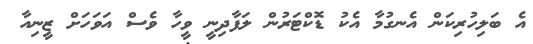
އެ ބަލިހުރިކަން އެނގުމާ އެކު ޑޮކްޓަރުން ލަފާދިނީ ވީހާ ވެސް އަވަހަށް ޒީނިއާ